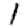
Digit: 1